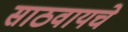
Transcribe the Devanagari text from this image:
साठवायचे